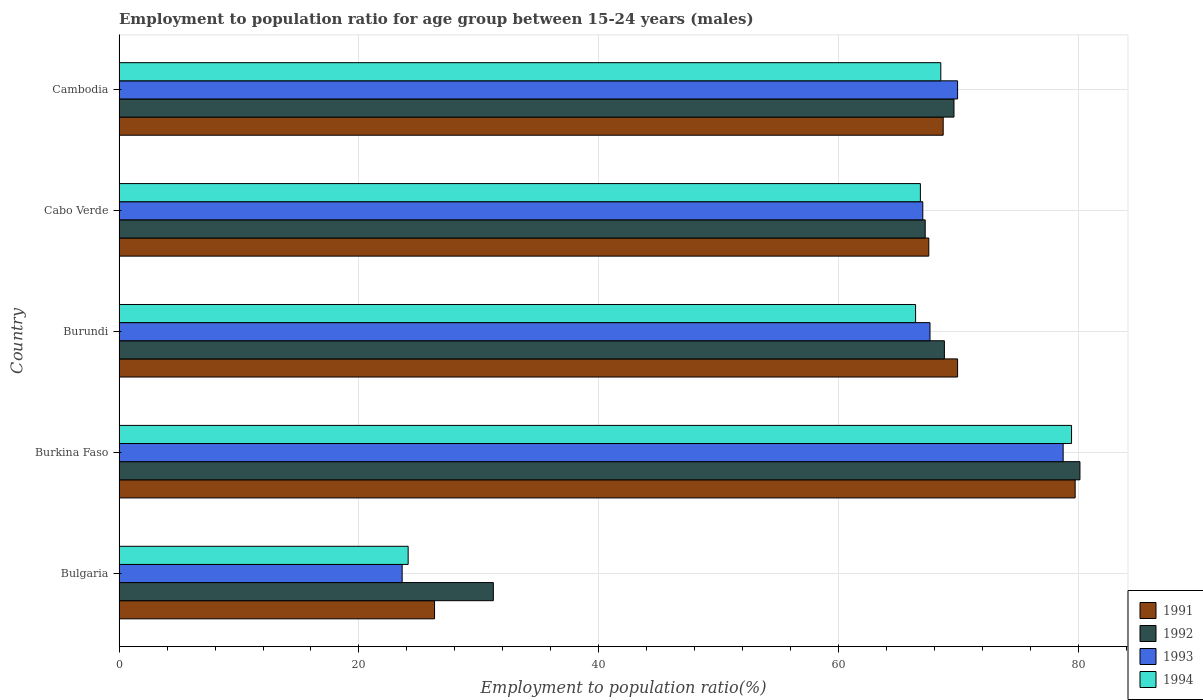
| Country | 1991 | 1992 | 1993 | 1994 |
 | --- | --- | --- | --- | --- |
 | Bulgaria | 26.3 | 31.2 | 23.6 | 24.1 |
 | Burkina Faso | 79.7 | 80.1 | 78.7 | 79.4 |
 | Burundi | 69.9 | 68.8 | 67.6 | 66.4 |
 | Cabo Verde | 67.5 | 67.2 | 67 | 66.8 |
 | Cambodia | 68.7 | 69.6 | 69.9 | 68.5 |